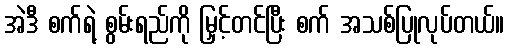
အဲဒီ စက်ရဲ့ စွမ်းရည်ကို မြှင့်တင်ပြီး စက် အသစ်ပြုလုပ်တယ်။